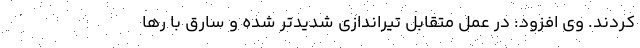
کردند. وی افزود: در عمل متقابل تیراندازی شدیدتر شده و سارق با رها